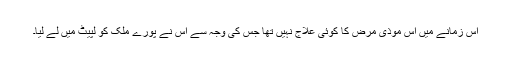
اس زمانے میں اس موذی مرض کا کوئی علاج نہیں تھا جس کی وجہ سے اس نے پورے ملک کو لپیٹ میں لے لیا۔